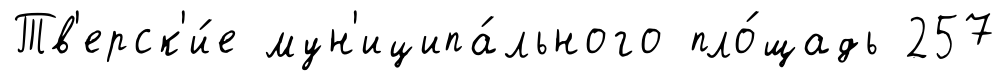
Тв'ерск'и́е мун'иципа́льного пло́щадь 257